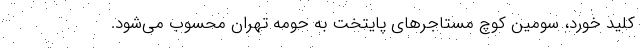
کلید خورد، سومین کوچ مستاجرهای پایتخت به حومه تهران محسوب می‌‌شود.